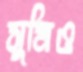
সুমিও